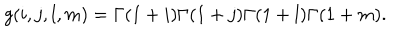
g ( i , j , l , m ) = \Gamma ( 1 + i ) \Gamma ( 1 + j ) \Gamma ( 1 + l ) \Gamma ( 1 + m ) .